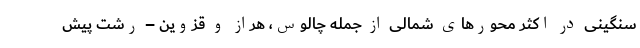
سنگینی در اکثر محور‌های شمالی از جمله چالوس، هراز و قزوین – رشت پیش